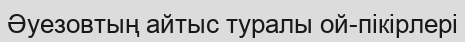
Әуезовтың айтыс туралы ой-пікірлері